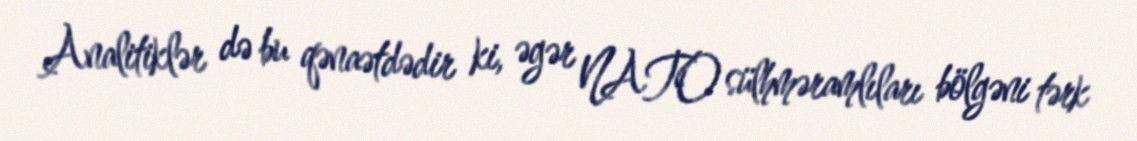
Analitiklər də bu qənaətdədir ki, əgər NATO sülhməramlıları bölgəni tərk